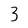
Character: 3